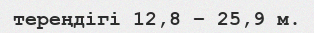
тереңдігі 12,8 – 25,9 м.